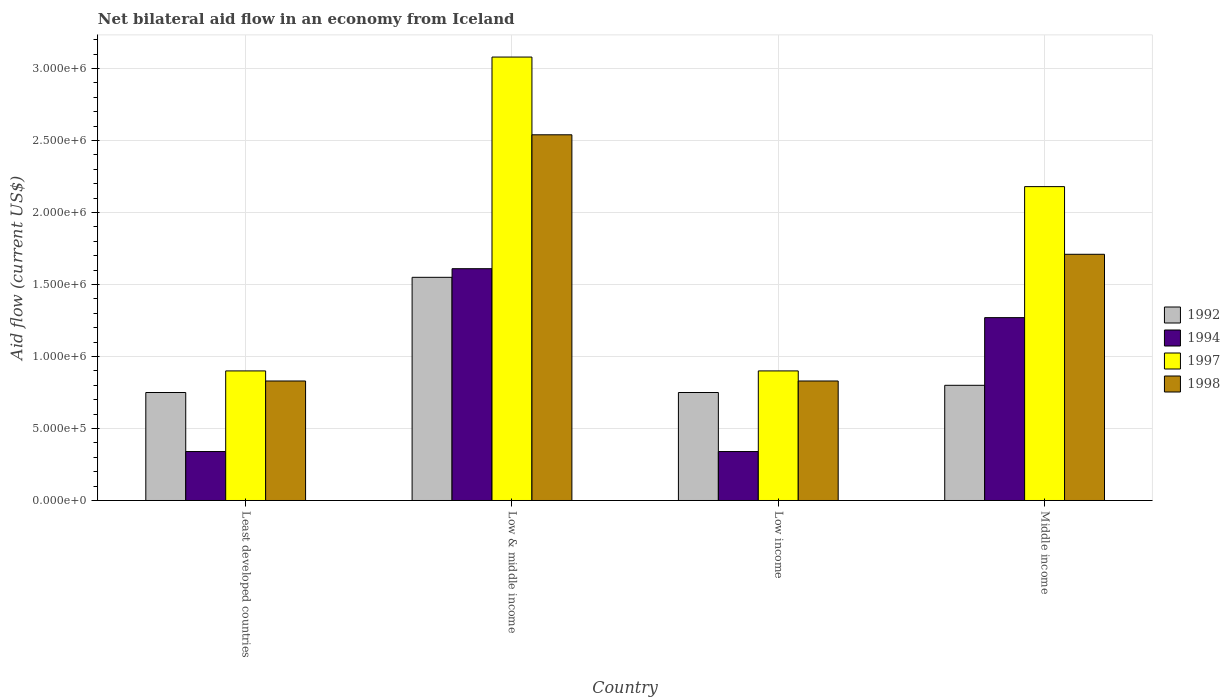
| Country | 1992 | 1994 | 1997 | 1998 |
 | --- | --- | --- | --- | --- |
 | Least developed countries | 7.5e+05 | 3.4e+05 | 9e+05 | 8.3e+05 |
 | Low & middle income | 1.55e+06 | 1.61e+06 | 3.08e+06 | 2.54e+06 |
 | Low income | 7.5e+05 | 3.4e+05 | 9e+05 | 8.3e+05 |
 | Middle income | 8e+05 | 1.27e+06 | 2.18e+06 | 1.71e+06 |